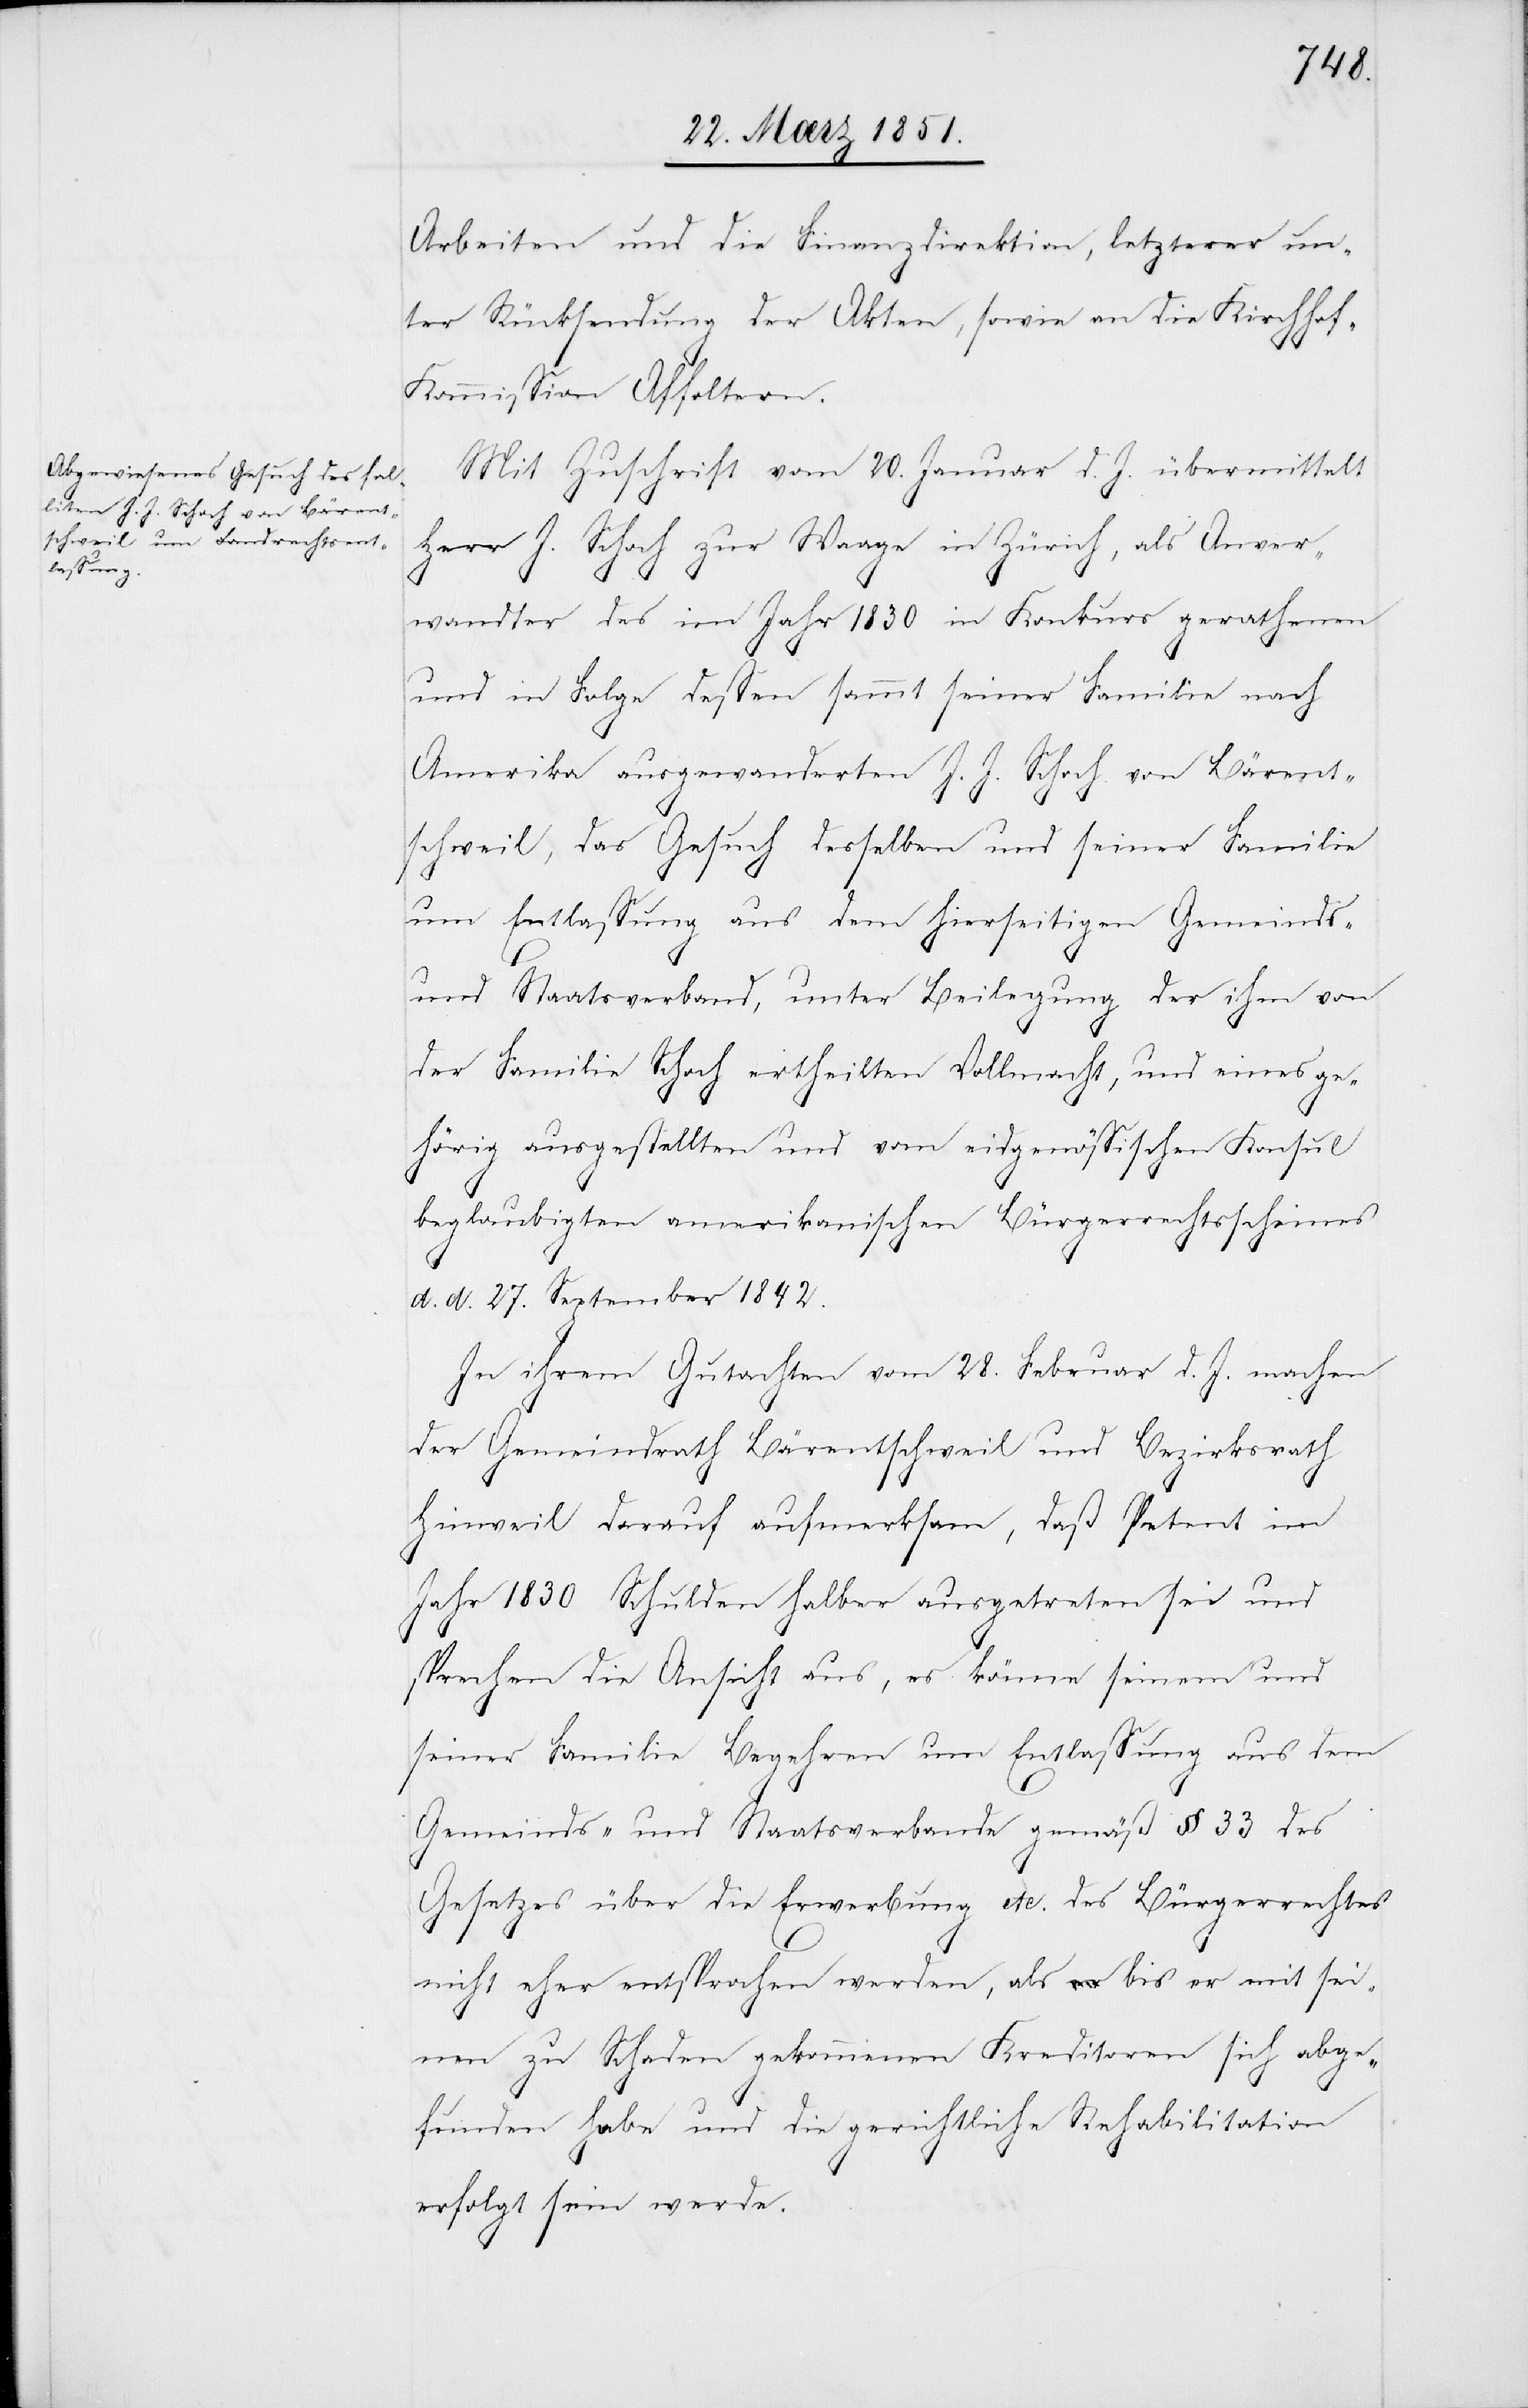
Arbeiten und die Finanzdirektion, letzterer un¬
ter Rücksendung der Akten, sowie an die Kirchho¬
f-Kommission Affoltern.
Mit Zuschrift vom 20. Januar d. J. übermittelt
Herr J. Schoch zur Waage in Zürich, als Anver¬
wandter des im Jahr 1830 in Konkurs gerathenen
und in Folge dessen sammt seiner Familie nach
Amerika ausgewanderten J. J. Schoch von Bärent¬
schweil, das Gesuch desselben und seiner Familie
um Entlassung aus dem hierseitigen Gemeinds-
und Staatsverband, unter Beilegung der ihm von
der Familie Schoch ertheilten Vollmacht, und eines ge¬
hörig ausgestellten und vom eidgenössischen Konsul
beglaubigten amerikanischen Bürgerrechtsscheines
d. d. 27. September 1842.
In ihrem Gutachten vom 28. Februar d. J. machen
der Gemeindrath Bärentschweil und Bezirksrath
Hinweil darauf aufmerksam, daß Petent im
Jahr 1830 Schulden halber ausgetreten sei und
sprechen die Ansicht aus, es könne seinem und
seiner Familie Begehren um Entlassung aus dem
Gemeinds- und Staatsverbande gemäß § 33 des
Gesetzes über die Erwerbung etc. des Bürgerrechtes
nicht eher entsprochen werden, als bis er mit sei¬
nen zu Schaden gekommenen Kreditoren sich abge¬
funden habe und die gerichtliche Rehabilitation
erfolgt sein werde.